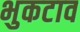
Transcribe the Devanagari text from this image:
भुकटाव